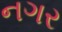
નગર